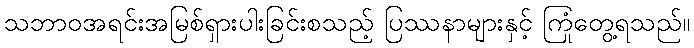
သဘာဝအရင်းအမြစ်ရှားပါးခြင်းစသည့် ပြဿနာများနှင့် ကြုံတွေ့ရသည်။